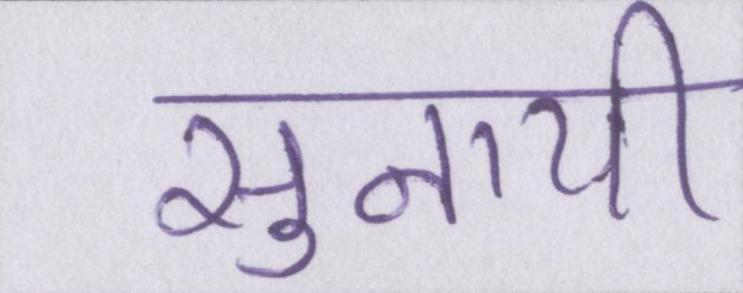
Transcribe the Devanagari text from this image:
सुनायी